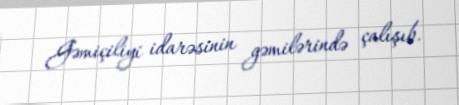
Gəmiçiliyi idarəsinin gəmilərində çalışıb.